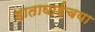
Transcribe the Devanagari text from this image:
हाताघाईचया